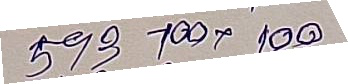
593 - 100 x 100